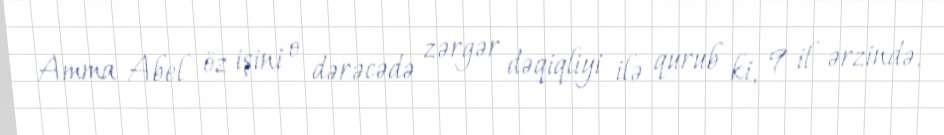
Amma Abel öz işini o dərəcədə zərgər dəqiqliyi ilə qurub ki, 9 il ərzində,